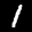
Label: 1